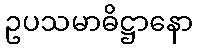
ဥပသမာဓိဋ္ဌာနော